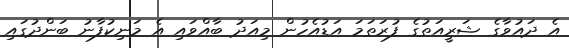
އެ ދައުވާގެ ޝަރީއަތުގެ ފުރަތަމަ އަޑުއެހުން މިއަދު ބާއްވައި އެ މަނިކުފާނު ބަންދުގައި